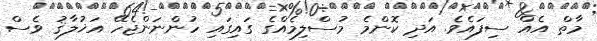
މާތް އެއް ސިފައެވެ. އަދި ކޮންމެ މުސްލިމެއްގެ ގައިގައި ހުންނަންޖެހޭ އަޚުލާޤު ވެސް